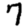
Digit: 7